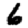
Digit: 6